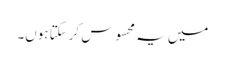
میں یہ محسوس کرسکتا ہوں۔